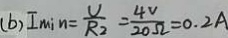
( b ) I _ { \min } = \frac { V } { R _ { 2 } } = \frac { 4 v } { 2 0 \Omega } = 0 . 2 A